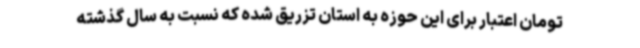
تومان اعتبار برای این حوزه به استان تزریق شده که نسبت به سال گذشته